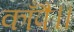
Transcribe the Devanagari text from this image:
काँपै॥